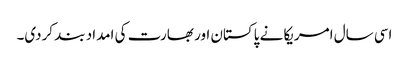
اسی سال امریکا نے پاکستان اور بھارت کی امداد بند کردی۔